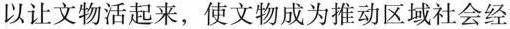
以让文物活起来，使文物成为推动区域社会经